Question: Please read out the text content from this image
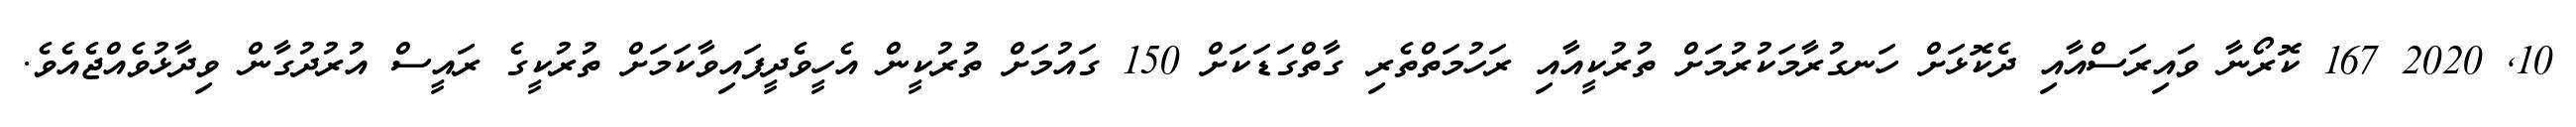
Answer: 10, 2020 167 ކޮރޯނާ ވައިރަސްއާއި ދެކޮޅަށް ހަނގުރާމަކުރުމަށް ތުރުކީއާއި ރަހުމަތްތެރި ގާތްގަޑަކަށް 150 ގައުމަށް ތުރުކީން އެހީވެދީފައިވާކަމަށް ތުރުކީގެ ރައީސް އުރުދުގާން ވިދާޅުވެއްޖެއެވެ.